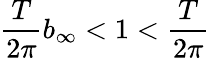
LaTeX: \frac{T}{2\pi}b_{\infty}<1<\frac{T}{2\pi}